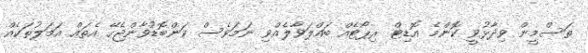
ތަސްމީން ވިދާޅުވީ ކޮންމެ އޮޑިޓް ރިޕޯޓެއް ބައްލަވާލެއްވި ނަމަވެސް ކަންބޮޑުވާންޖެހޭ އެތައް އަމަލުތަކެއް